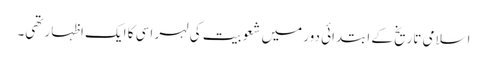
اسلامی تاریخ کے ابتدائی دور میں شعوبیت کی لہر اسی کا ایک اظہار تھی۔